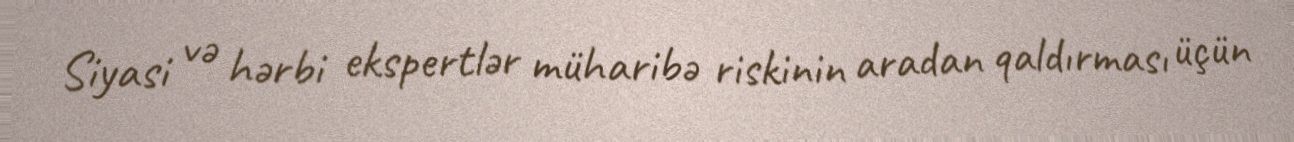
Siyasi və hərbi ekspertlər müharibə riskinin aradan qaldırması üçün